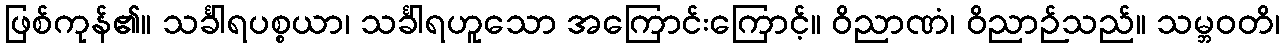
ဖြစ်ကုန်၏။ သင်္ခါရပစ္စယာ၊ သင်္ခါရဟူသော အကြောင်းကြောင့်။ ဝိညာဏံ၊ ဝိညာဉ်သည်။ သမ္ဘဝတိ၊